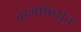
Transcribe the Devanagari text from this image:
तरंगांपासून